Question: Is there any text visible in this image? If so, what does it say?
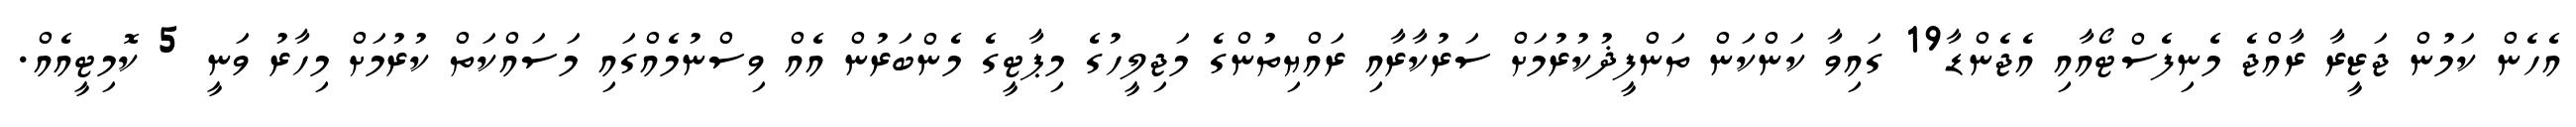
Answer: އެހެން ކަމުން ޖަޒީރާ ރާއްޖެ މެނިފެސްޓޯއާއި އެޖެންޑާ19 ގައިވާ ކަންކަން ތަންފީޛުކުރުމަށް ސަރުކާރާއި ރައްޔިތުންގެ މަޖިލީހުގެ މިޕާޓީގެ މެންބަރުން އެއް ވިސްނުމެއްގައި މަސައްކަތް ކުރުމަށް މިހާރު ވަނީ 5 ކޮމިޓީއެއް.